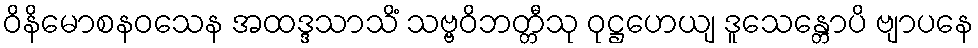
ဝိနိမောစနဝသေန အထဒ္ဒသာသိံ သဗ္ဗဝိဘတ္တီသု ဝုဋ္ဌဟေယျ ဒူသေန္တောပိ ဗျာပနေ